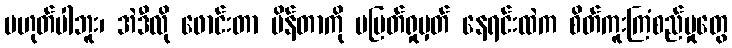
မဟုတ်ပါဘူး၊ အဲဒီလို ဖောင်းတာ ပိန်တာကို မပြတ်ရှုမှတ် နေရင်းထဲက စိတ်ကူးကြံစည်မှုတွေ